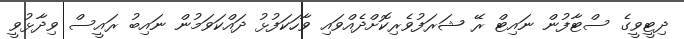
ދިޓީވީގެ ސްޓާފުން ނައިޓް ރޭ ޝަރަފުވެރިކޮށްދެއްވައި ވާހަކަފުޅު ދައްކަވަމުން ނައިބު ރައީސް ވިދާޅުވީ